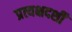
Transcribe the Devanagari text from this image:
प्रत्यक्षदर्शीं